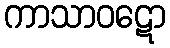
ကာသာဝဋော